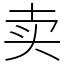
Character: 卖